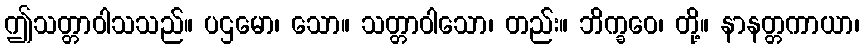
ဤသတ္တာဝါသသည်။ ပဌမော၊ သော။ သတ္တာဝါသော၊ တည်း။ ဘိက္ခဝေ၊ တို့။ နာနတ္တကာယာ၊